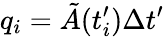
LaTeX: q_{i}=\tilde{A}(t_{i}^{\prime})\Delta t^{\prime}